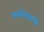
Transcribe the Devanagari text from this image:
स्यन्दिग्रामो